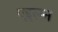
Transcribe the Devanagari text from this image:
एइसन